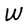
Character: W